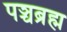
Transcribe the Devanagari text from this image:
पञ्चब्रह्म